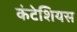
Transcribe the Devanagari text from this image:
कंटेशियस